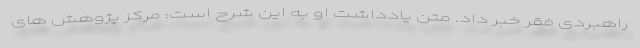
راهبردی فقر خبر داد. متن یادداشت او به این شرح است: مرکز پژوهش های